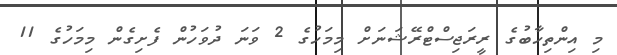
މި އިންތިހާބުގެ ރީރަޖިސްޓްރޭޝަނަށް މިމަހުގެ 2 ވަނަ ދުވަހުން ފެށިގެން މިމަހުގެ 11